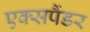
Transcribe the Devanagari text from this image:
एक्सपैंडर